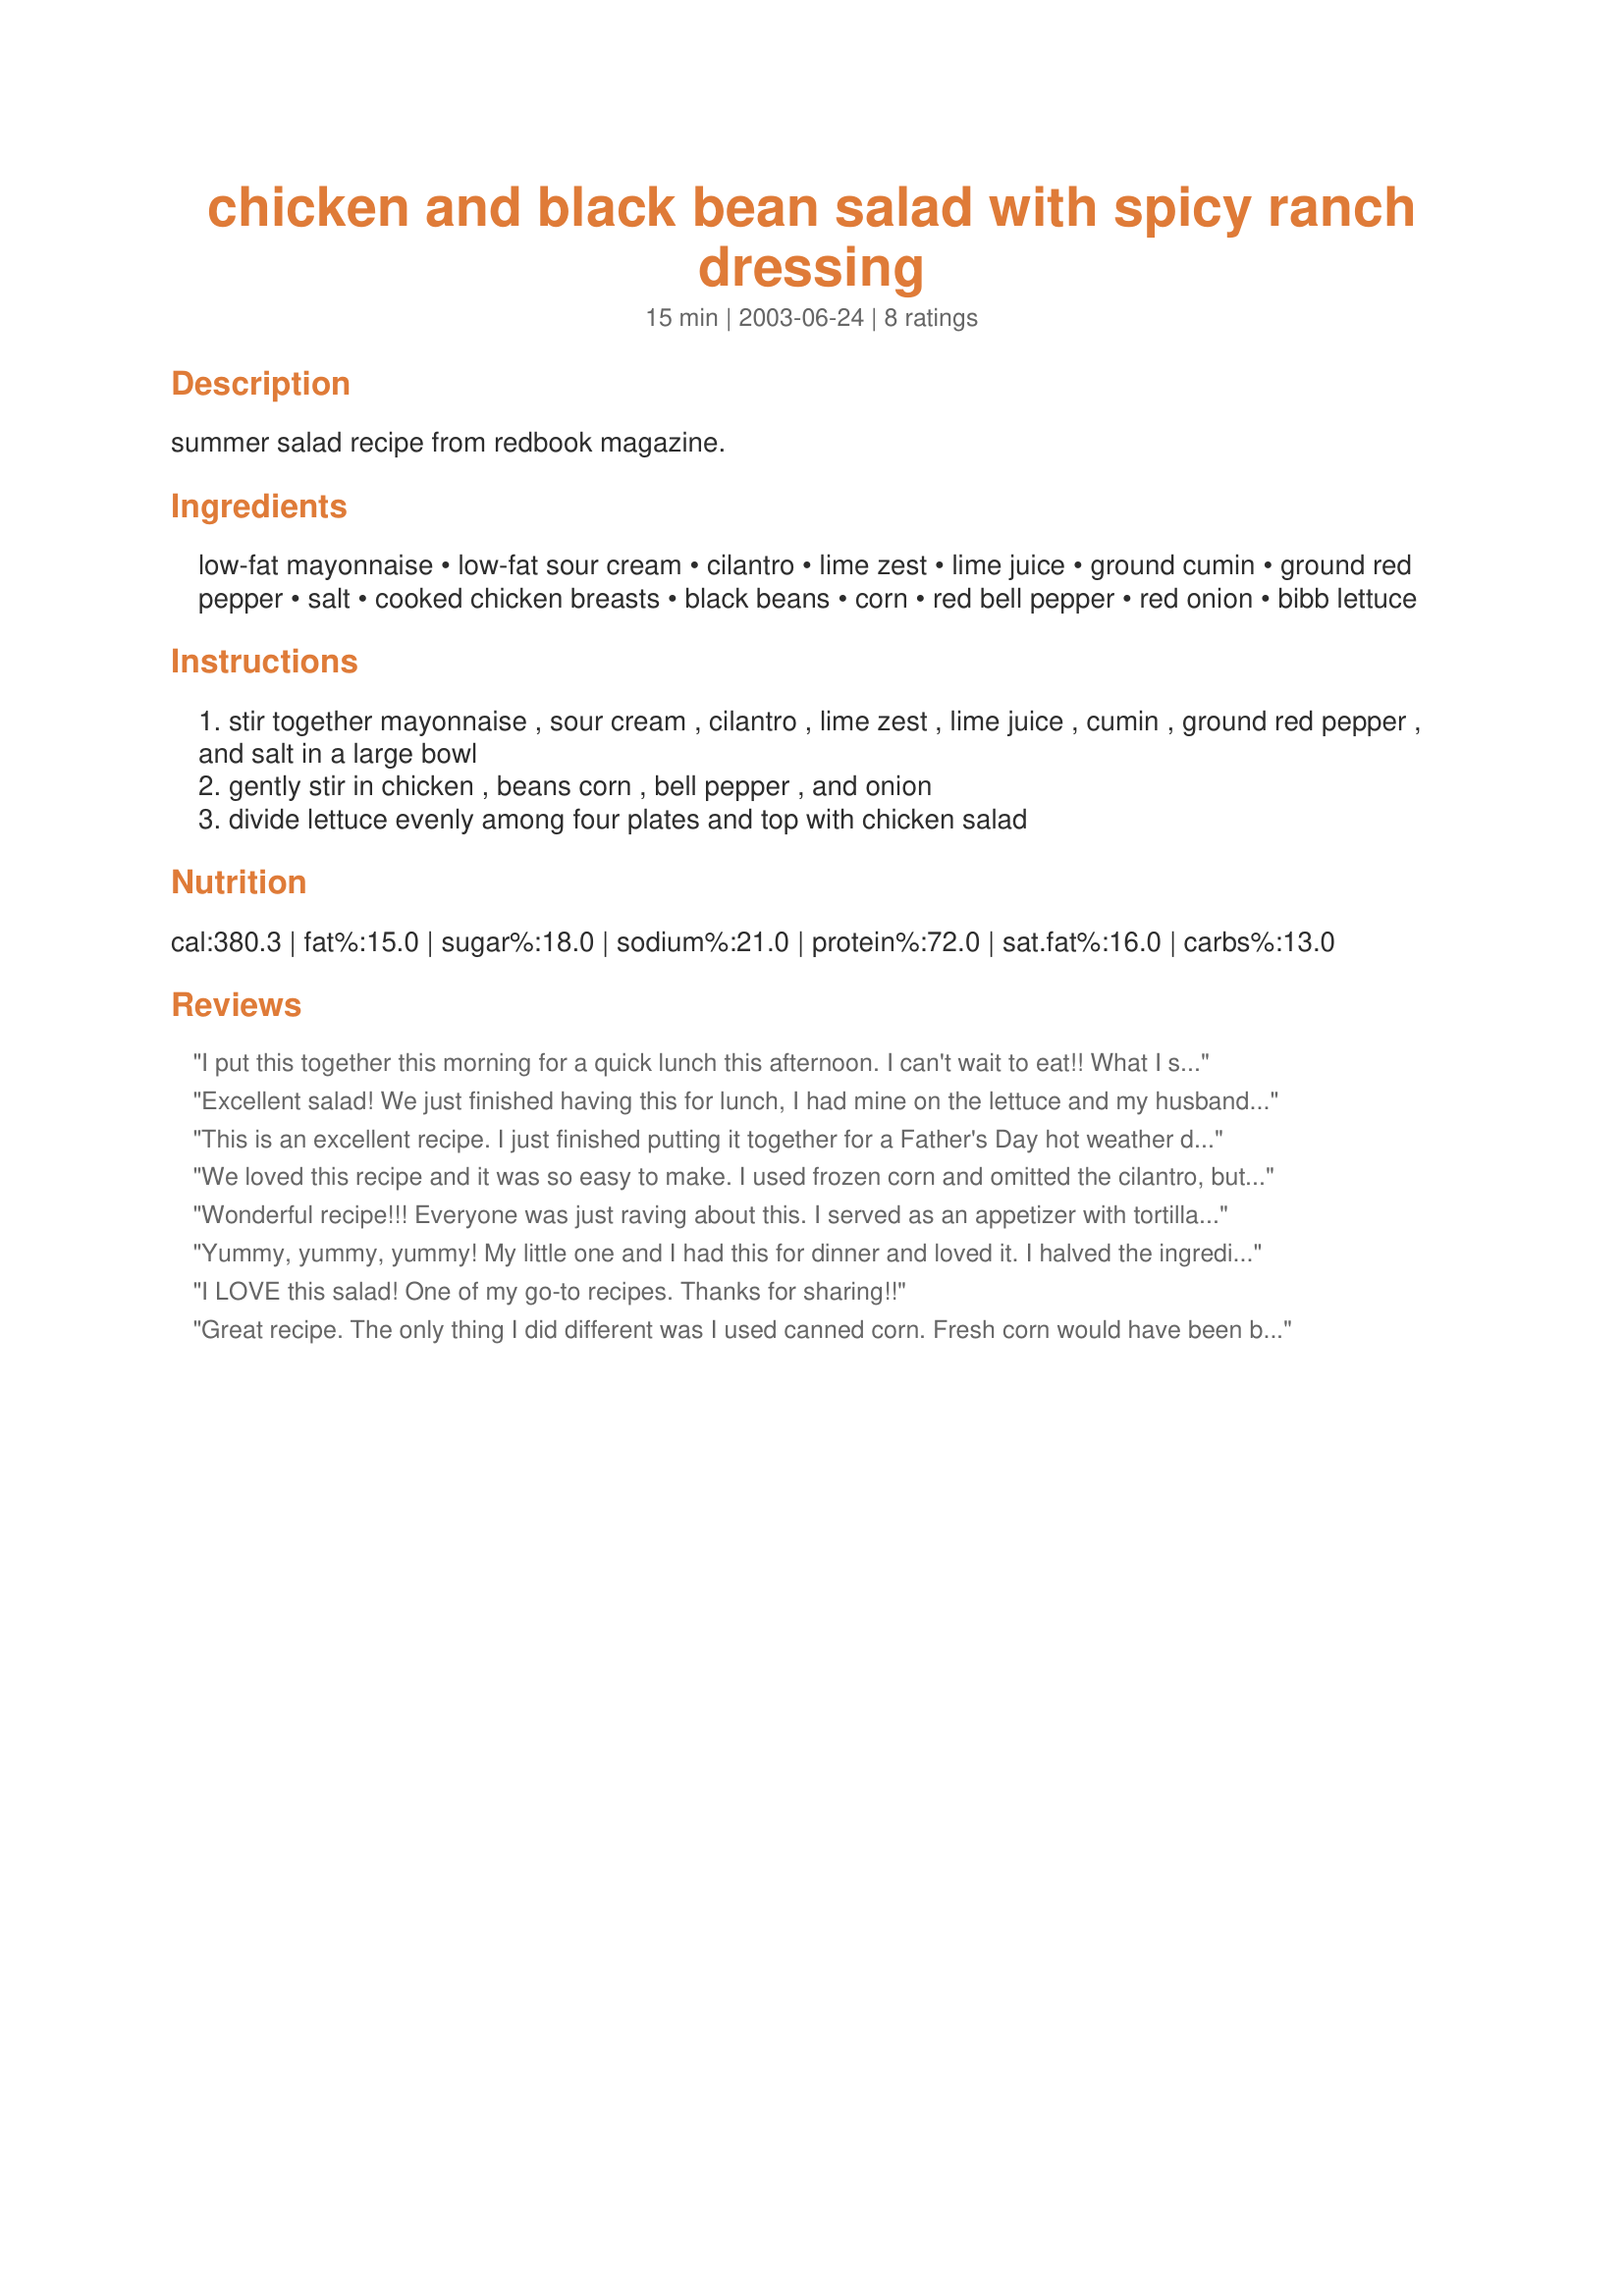
chicken and black bean salad with spicy ranch dressing
Preparation time: 15 minutes

summer salad recipe from redbook magazine.

Ingredients:
low-fat mayonnaise, low-fat sour cream, cilantro, lime zest, lime juice, ground cumin, ground red pepper, salt, cooked chicken breasts, black beans, corn, red bell pepper, red onion, bibb lettuce

Steps:
stir together mayonnaise , sour cream , cilantro , lime zest , lime juice , cumin , ground red pepper , and salt in a large bowl
gently stir in chicken , beans corn , bell pepper , and onion
divide lettuce evenly among four plates and top with chicken salad

Reviews:
I put this together this morning for a quick lunch this afternoon. I can't wait to eat!! What I sampled was incredible. The blend of flavors is excellent. I did use sweet vidallia onion rather than red and frozen corn kernels instead of fresh (just due to ingredients on hand). Absolutely a keeper! UPDATE: Hubby stopped by for lunch...he ate several flour tortillas stuffed with this salad. He claims not to like lime or cilantro...oh well...he loved this!

Excellent salad! We just finished having this for lunch, I had mine on the lettuce and my husband had his on a tortilla roll-up. Both were so tasty. The only thing I added as some sliced black olives that I had leftover. I love lime and cilantro in anything and this dressing was so tangy, but not at all sour. This is a good recipe to use the leftover turkey from the holidays. Thanks for a keeper.
Carole in Orlando
This is an excellent recipe. I just finished putting it together for a Father's Day hot weather dinner. My husband and I both sampled it and love it. I will be serving it with Tostito's with a hint of lime corn chips on the side. I am now anxious to try some of Christine's other salad recipes.
We loved this recipe and it was so easy to make. I used frozen corn and omitted the cilantro, but otherwise followed the recipe exactly. I served it as a main dish with cheese bread and jalapeno poppers on the side. Thanks!
Wonderful recipe!!! Everyone was just raving about this. I served as an appetizer with tortilla chips - no lettuce. I've been asked to fix again for another get together.
Yummy, yummy, yummy! My little one and I had this for dinner and loved it. I halved the ingredients except I used one chicken breast and an entire can of kidney beans. I didn't use lime zest and used frozen corn. A really tasty and very easy recipe. Thank you so much!
I LOVE this salad! One of my go-to recipes. Thanks for sharing!!
Great recipe. The only thing I did different was I used canned corn. Fresh corn would have been better, but canned corn worked great. Thanks again.
Belly Up With Bob
